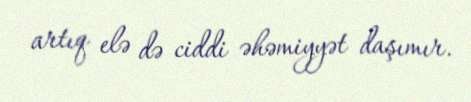
artıq elə də ciddi əhəmiyyət daşımır.